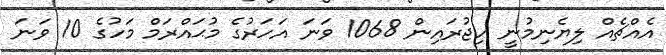
އެއްޗެއް ލިޔެނިމުނީ ހިޖުރައިން 1068 ވަނަ އަހަރުގެ މުޙައްރަމް މަހުގެ 10 ވަނަ